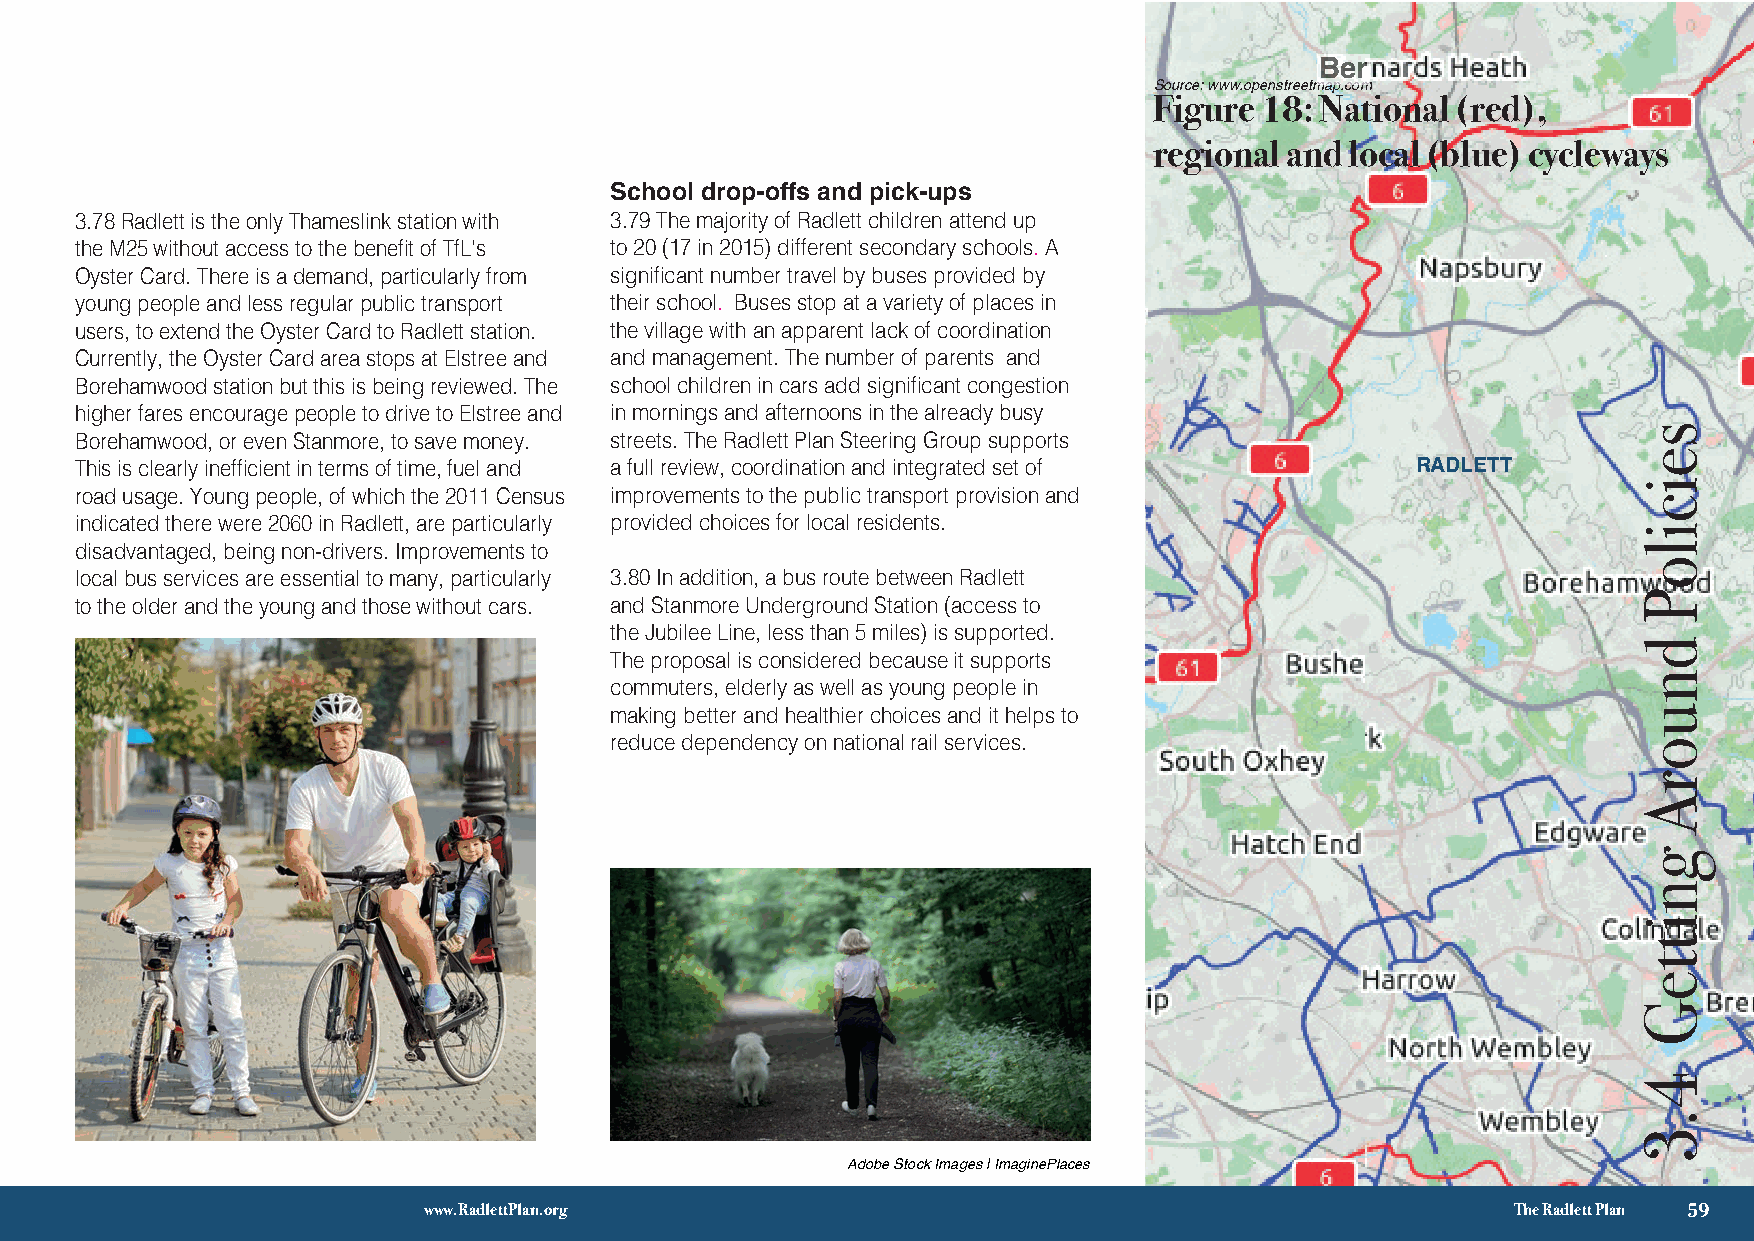
Ber
 Source: www.openstreetmap.com
 Figure  18: National (red),
 regional and local (blue) cycleways
 School drop-offs and pick-ups
 3.78 Radlett is the only Thameslink station with 3.79 The majority of Radlett children attend up
 the M25 without access to the benefit of TfL’s to 20 (17 in 2015) different secondary schools. A
 Oyster Card. There is a demand, particularly from significant number travel by buses provided by
 young people and less regular public transport their school. Buses stop at a variety of places in
 users, to extend the Oyster Card to Radlett station. the village with an apparent lack of coordination
 Currently, the Oyster Card area stops at Elstree and and management. The number of parents and
 Borehamwood station but this is being reviewed. The school children in cars add significant congestion
 higher fares encourage people to drive to Elstree and in mornings and afternoons in the already busy
 Borehamwood, or even Stanmore, to save money. streets. The Radlett Plan Steering Group supports
 This is clearly inefficient in terms of time, fuel and a full review, coordination and integrated set of RADLETT
 road usage. Young people, of which the 2011 Census improvements to the public transport provision and
 indicated there were 2060 in Radlett, are particularly provided choices for local residents.
 disadvantaged, being non-drivers. Improvements to
 local bus services are essential to many, particularly 3.80 In addition, a bus route between Radlett
 to the older and the young and those without cars. and Stanmore Underground Station (access to
 the Jubilee Line, less than 5 miles) is supported.
 The proposal is considered because it supports
 commuters, elderly as well as young people in
 making better and healthier choices and it helps to
 reduce dependency on national rail services.
 Adobe Stock Images | ImaginePlaces
 √ 3
 www.RadlettPlan.org                                                     The Radlett Plan 59
 seiciloP
 dnuorA
 gnitteG
 5.3
 seiciloP
 dnuorA
 gnitteG
 4.3